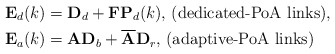
\begin{align*} {\bf{E}}_d(k) &= {\bf{D}}_d + {\bf{F}}{\bf{P}}_d(k) \mbox{, (dedicated-PoA links)},\\{\bf{E}}_{a}(k) &= {\bf{A}}{\bf{D}}_{b} + \overline{\bf{A}}{\bf{D}}_{r} \mbox{, (adaptive-PoA links)}\end{align*}